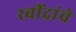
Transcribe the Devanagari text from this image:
रवींद्रांचे